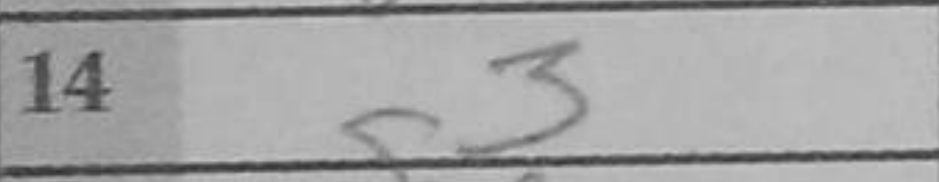
Transcription: g3